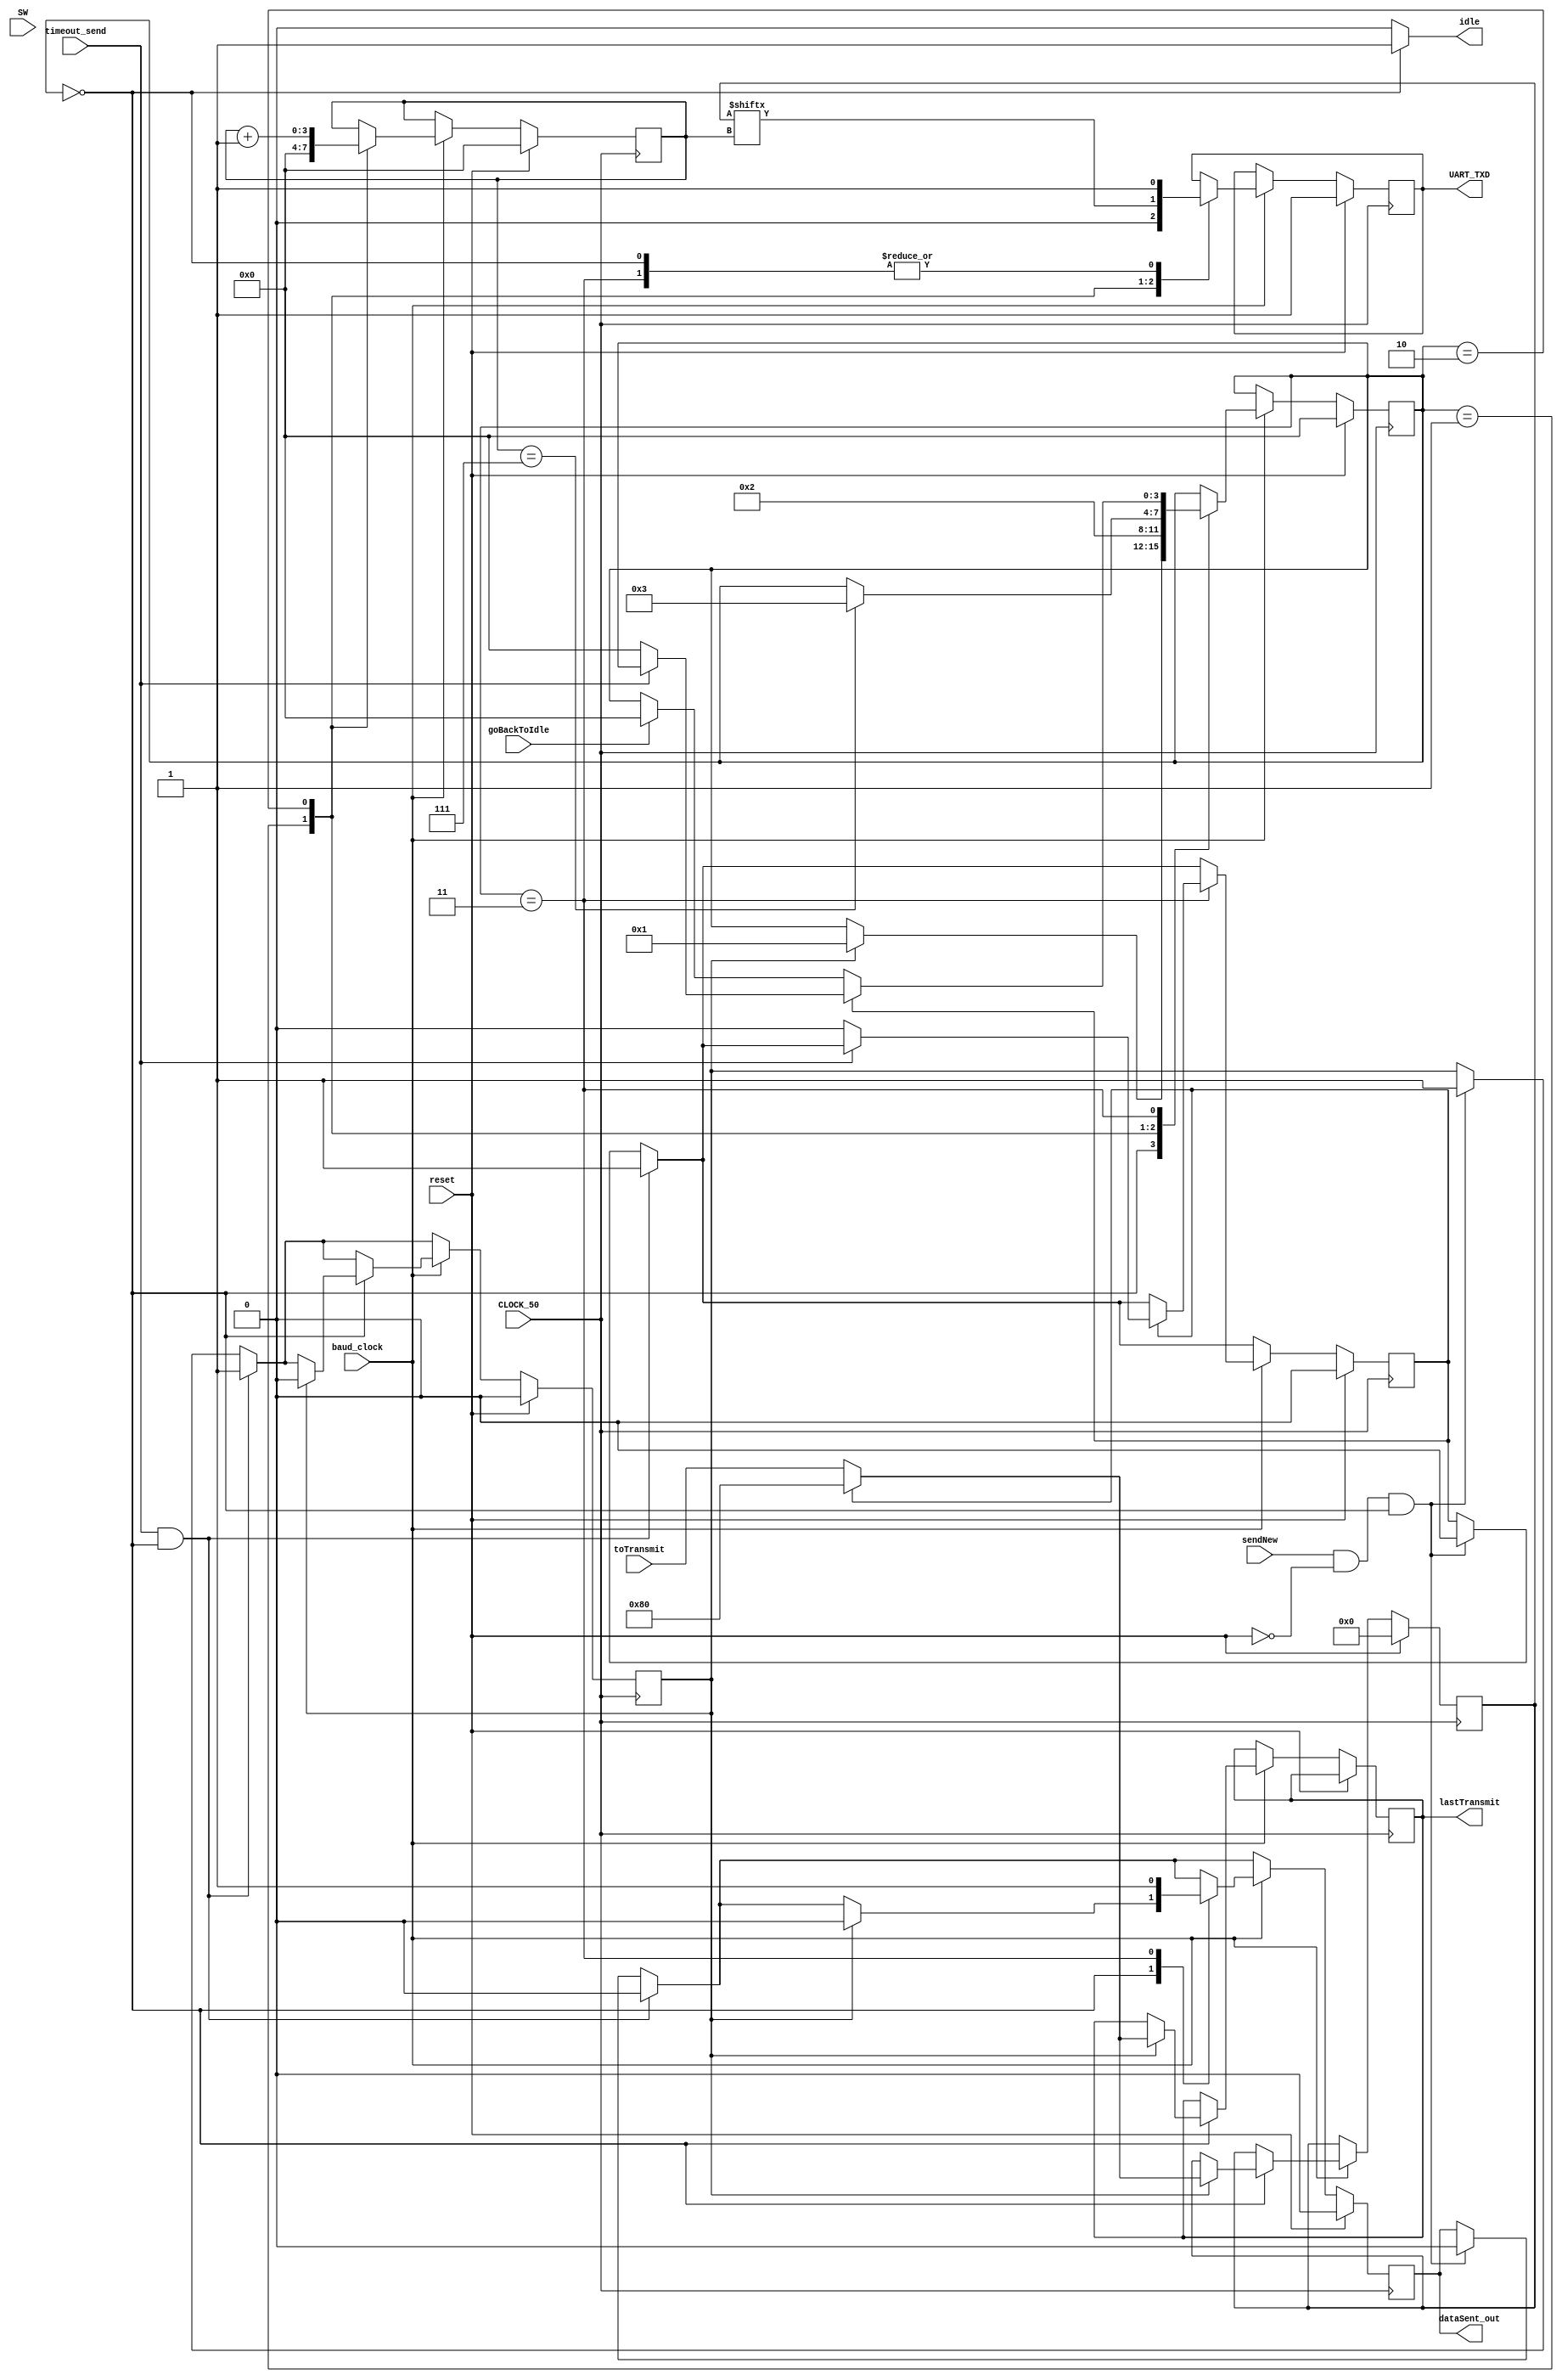
module SerialTransmitter_improved( 
	input CLOCK_50, //50MHz clock
	output  UART_TXD, //Serial transmitter
	input [7:0] toTransmit, //Byte to transmit
	input reset, //reset signal
	output dataSent_out, //was the data sent completely?
	input sendNew, //should we send the new data?
	input [17:0] SW, //switches for debugging
	output idle, //are we currently in idle transmit mode?
	input goBackToIdle, //should be move back to idle mode?
	output [7:0] lastTransmit, //the last byte transmitted
	input timeout_send, //should we send a timeout error
	input baud_clock //the baud clock
	);
	
	
	
	reg clk_new = 0; //changes the state of an led every time a bit is sent
	
	reg [7:0] txd, last_txd; //transmitted byte registers
		
	reg [3:0] currBit; //current bit of byte to transmit
	
	reg [3:0] transmitState;  //the transmit state
	
	parameter [3:0] idleWait = 4'd0, //transmit is idel
					sendStartBit = 4'd1, //sending start bit
					sendData = 4'd2, //sending 8 bits of data
					sendStopBit = 4'd3; //sending stop bit
					
	reg errorFlag; //did an error happen?
	reg dataSent; //was the data sent?
	reg txd_out; //the current bit being send over UART
	reg should_send; //should we now start a transfer
	
	assign idle = (transmitState == idleWait) ? 1'b1 : 1'b0;
	
	assign UART_TXD = txd_out;
	
	assign dataSent_out = dataSent;
	
	assign lastTransmit = last_txd;
	
	reg isTimeoutWaiting; //did a timeout occur?
	
		
	always @(posedge CLOCK_50)
	begin
		//if we got a send request and we are currently idle, then begin send
		if(sendNew & ~reset & (transmitState == idleWait)) begin
			dataSent <= 0;
			should_send <= 1'b1;
			isTimeoutWaiting <= 1'b0;
		end
		//if we got a timeout error and we are idle, then begine timeout error send
		if(timeout_send & (transmitState == idleWait)) begin
			dataSent <= 0;
			isTimeoutWaiting <= 1'b1;
			should_send <= 1'b1;
		end
		//reset all important variables
		if(reset) begin
			transmitState <= 4'd0;
			dataSent <= 0;
			currBit <= 0;
			txd <= 0;
			txd_out <= 1;
			should_send <= 0;
			isTimeoutWaiting <= 0;
		end
		else begin
			if (baud_clock) //if a baud tick has occured
			begin
				
				
				case(transmitState)
					idleWait: begin
						txd_out <= 1'b1;
						if(should_send) begin
							//if a timeout error occured, then send that error byte
							if(isTimeoutWaiting) begin
								txd <= 8'd128;
								last_txd <=  8'd128;
							end //else send other information
							else begin
								txd <= toTransmit;
								last_txd <= toTransmit;
							end
							
							transmitState <= sendStartBit; //begin transfer by entering send start bit state
							dataSent <= 0;
							should_send <= 0;
						end
					end
					//send the start bit
					sendStartBit: begin
						txd_out <= 1'b0; //the start bit
						transmitState <= sendData;
						currBit <= 4'd0; //reset the current data indice bit
					end
					//send all 8 bits of data
					sendData: begin
						txd_out <= txd[currBit];
						currBit <= currBit + 4'd1;
						//if all data was sent then enter the send stop bit state
						if(currBit == 4'd7) begin 
							transmitState <= sendStopBit;
						end
					end
					//send the stop bit
					sendStopBit: begin
						txd_out <= 1'b1;
						dataSent <= 1;
						//if a timeout occured
						if(isTimeoutWaiting) begin
							//and we have reset the send timeout signal, then go back to idle
							if(~timeout_send) begin
								transmitState <= idleWait;
								isTimeoutWaiting <= 1'b0;
							end
						end
						else begin //else if we should go back to idle, enter idle wait
							if(goBackToIdle) begin
								transmitState <= idleWait;
							end
						end
					end
					
										
				endcase
				
				
			end
			
		end
		
	end
endmodule